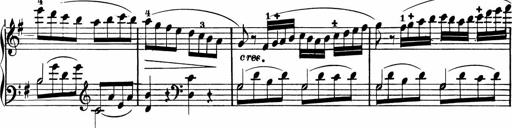
Title: Rosen ohne Dornen
Composer: Gustav Lange